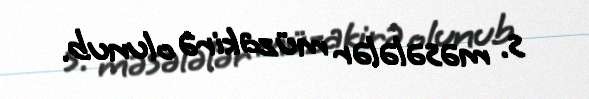
s. məsələlər müzakirə olunub.